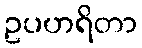
ဥပဟရိတာ